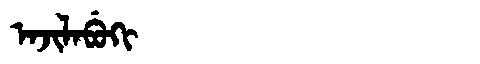
Manchu: ᠠᠵᡳᠯᠠᠪᡠᡴᡳ
Romanization: AJILABUKI